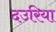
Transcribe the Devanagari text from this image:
दउरिया